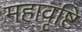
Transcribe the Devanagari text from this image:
महावृष्टि